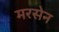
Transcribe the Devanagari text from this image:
मरसेन